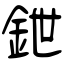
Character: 鉪